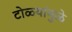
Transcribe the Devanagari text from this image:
टोळ्यांमुळे